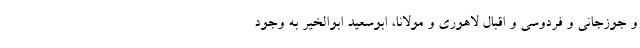
و جوزجانی و فردوسی و اقبال لاهوری و مولانا، ابوسعید ابوالخیر به وجود